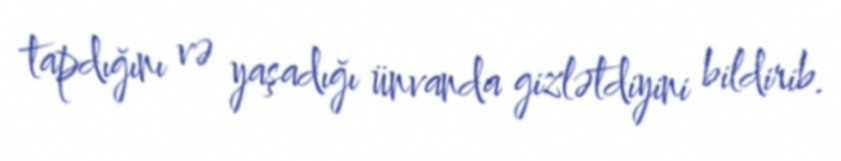
tapdığını və yaşadığı ünvanda gizlətdiyini bildirib.